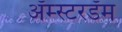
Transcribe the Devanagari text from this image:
अॅम्स्टरडॅम